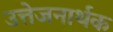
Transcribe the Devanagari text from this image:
उत्तेजनार्थक